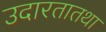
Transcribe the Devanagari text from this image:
उदारतातथा